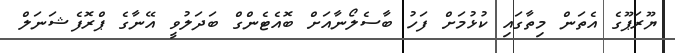
ޔޫރަޕޫގެ އެތަން މިތާގައި ކުޅުމަށް ފަހު ބާސެލޯނާއަށް ބޮއެޓެންގް ބަދަލުވީ އޭނާގެ ޕްރޮފެޝަނަލް